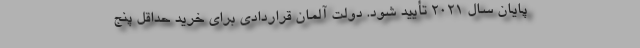
پایان سال ۲۰۲۱ تأیید شود. دولت آلمان قراردادی برای خرید حداقل پنج